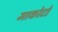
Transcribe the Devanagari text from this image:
माकोटो